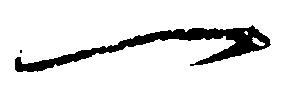
一